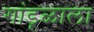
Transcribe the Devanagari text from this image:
गांडूळाला